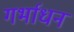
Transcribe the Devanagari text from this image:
गर्भाधन